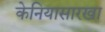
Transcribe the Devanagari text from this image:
केनियासारखा